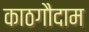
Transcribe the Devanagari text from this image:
काठगौदाम